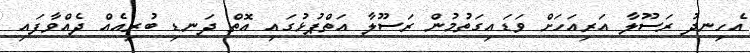
އެހިނދު ރަސޫލާ އަރިއަހަށް ވަޑައިގަތުމުން ރަސޫލާ އަތްޕުޅުގައި އޮތް ދަނޑި ބުރިއެއް ދެއްވާފައި